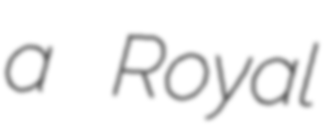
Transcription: a Royal